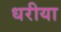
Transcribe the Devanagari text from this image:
धरीया